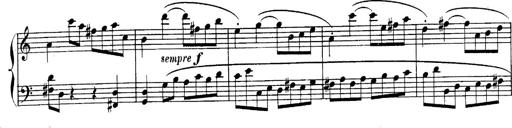
Title: Sonatina for Piano
Composer: BÃ©la BartÃ³k